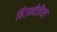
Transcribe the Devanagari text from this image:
हिउन्देछैसा